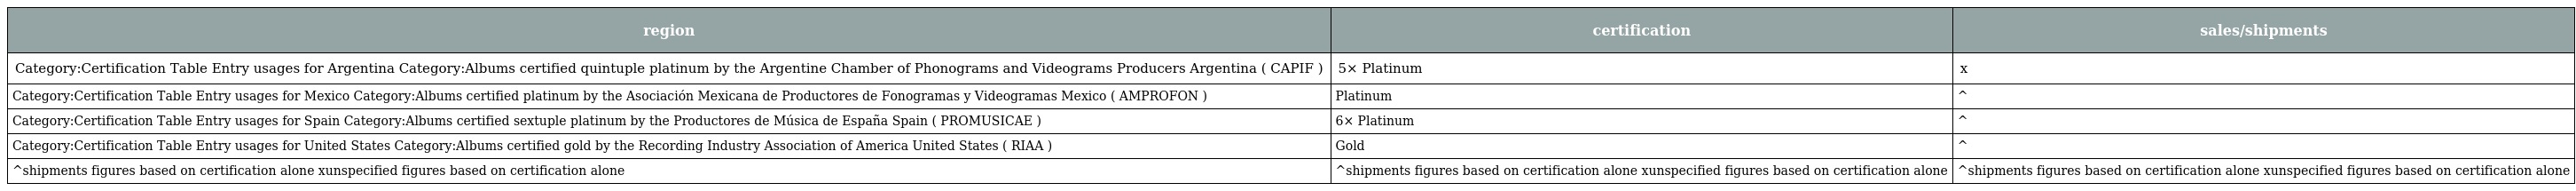
| region | certification | sales/shipments |
 | --- | --- | --- |
 | Category:Certification Table Entry usages for Argentina Category:Albums certified quintuple platinum by the Argentine Chamber of Phonograms and Videograms Producers Argentina ( CAPIF ) | 5× Platinum | x |
 | Category:Certification Table Entry usages for Mexico Category:Albums certified platinum by the Asociación Mexicana de Productores de Fonogramas y Videogramas Mexico ( AMPROFON ) | Platinum | ^ |
 | Category:Certification Table Entry usages for Spain Category:Albums certified sextuple platinum by the Productores de Música de España Spain ( PROMUSICAE ) | 6× Platinum | ^ |
 | Category:Certification Table Entry usages for United States Category:Albums certified gold by the Recording Industry Association of America United States ( RIAA ) | Gold | ^ |
 | ^shipments figures based on certification alone xunspecified figures based on certification alone | ^shipments figures based on certification alone xunspecified figures based on certification alone | ^shipments figures based on certification alone xunspecified figures based on certification alone |